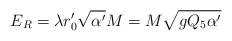
\begin{align*}E_R= \lambda r'_0\sqrt{\alpha'} M=M\sqrt{gQ_5\alpha'}\end{align*}